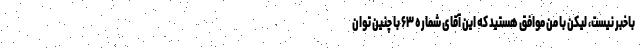
باخبر نیست، لیکن با من موافق هستید که این آقای شماره ۶۳ با چنین توان